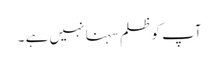
آپ کو ظلم سہنا نہیں ہے ۔